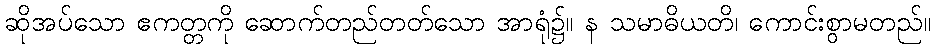
ဆိုအပ်သော ဧကတ္တကို ဆောက်တည်တတ်သော အာရုံ၌။ န သမာဓိယတိ၊ ကောင်းစွာမတည်။